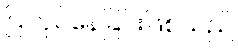
ပြုလုပ်နေခြင်းဖြစ်သည်